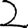
Digit: 2